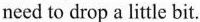
need to drop a little bit.